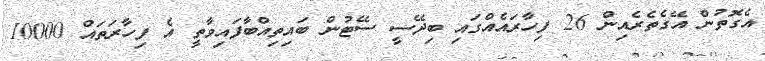
އެގޮތުން އޭގެތެރެއިން 26 ފިހާރައެއްގައި ބިދޭސީ ސޭޓުން ބައިތިއްބާފައިވާތީ އެ ފިހާރަތައް 10000